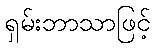
ရှမ်းဘာသာဖြင့်